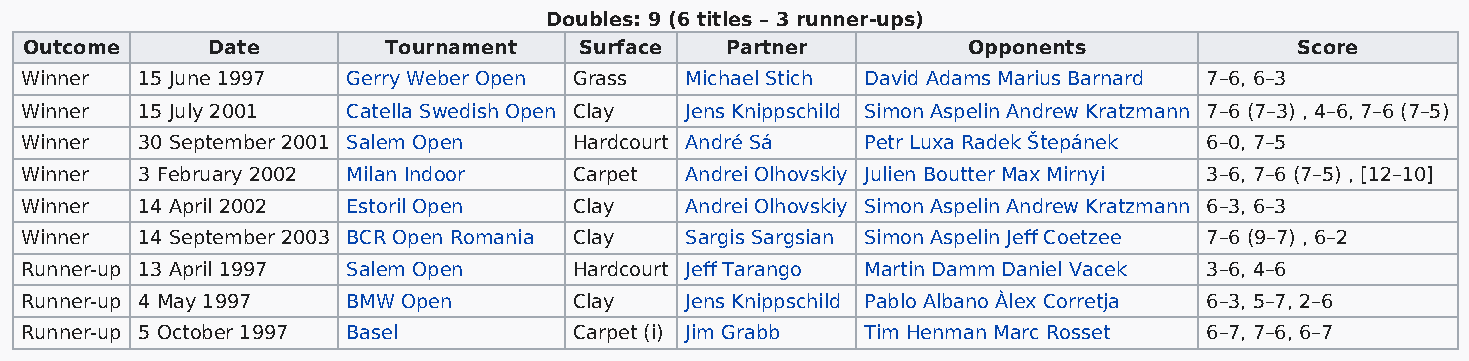
Doubles: 9 (6 titles – 3 runner-ups)
 Outcome     Date        Tournament  Surface   Partner         Opponents             Score
 Winner  15 June 1997  Gerry Weber Open Grass Michael Stich David Adams Marius Barnard 7–6, 6–3
 Winner  15 July 2001  Catella Swedish Open Clay Jens Knippschild Simon Aspelin Andrew Kratzmann 7–6 (7–3) , 4–6, 7–6 (7–5)
 Winner  30 September 2001 Salem Open Hardcourt André Sá Petr Luxa Radek Štepánek 6–0, 7–5
 Winner  3 February 2002 Milan Indoor Carpet Andrei Olhovskiy Julien Boutter Max Mirnyi 3–6, 7–6 (7–5) , [12–10]
 Winner  14 April 2002 Estoril Open   Clay   Andrei Olhovskiy Simon Aspelin Andrew Kratzmann 6–3, 6–3
 Winner  14 September 2003 BCR Open Romania Clay Sargis Sargsian Simon Aspelin Jeff Coetzee 7–6 (9–7) , 6–2
 Runner-up 13 April 1997 Salem Open   Hardcourt Jeff Tarango Martin Damm Daniel Vacek 3–6, 4–6
 Runner-up 4 May 1997  BMW Open       Clay   Jens Knippschild Pablo Albano Àlex Corretja 6–3, 5–7, 2–6
 Runner-up 5 October 1997 Basel       Carpet (i) Jim Grabb Tim Henman Marc Rosset 6–7, 7–6, 6–7